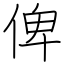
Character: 俾